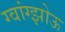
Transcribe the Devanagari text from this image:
ग्वांग्झोऊ